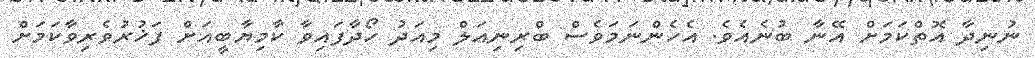
ނުނިދާ އޮތްކަމަށް އޭނާ ބުނެއެވެ. އެހެންނަމަވެސް ބްރިނިއަލް މިއަދު ހޯދާފައިވާ ކާމިޔާބީއަށް ފަޚުރުވެރިވާކަމަށް